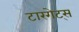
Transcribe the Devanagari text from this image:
टारगेट्स